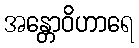
အန္တောဝိဟာရေ